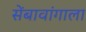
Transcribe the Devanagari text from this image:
सेंबावांगाला